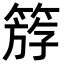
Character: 𥯞